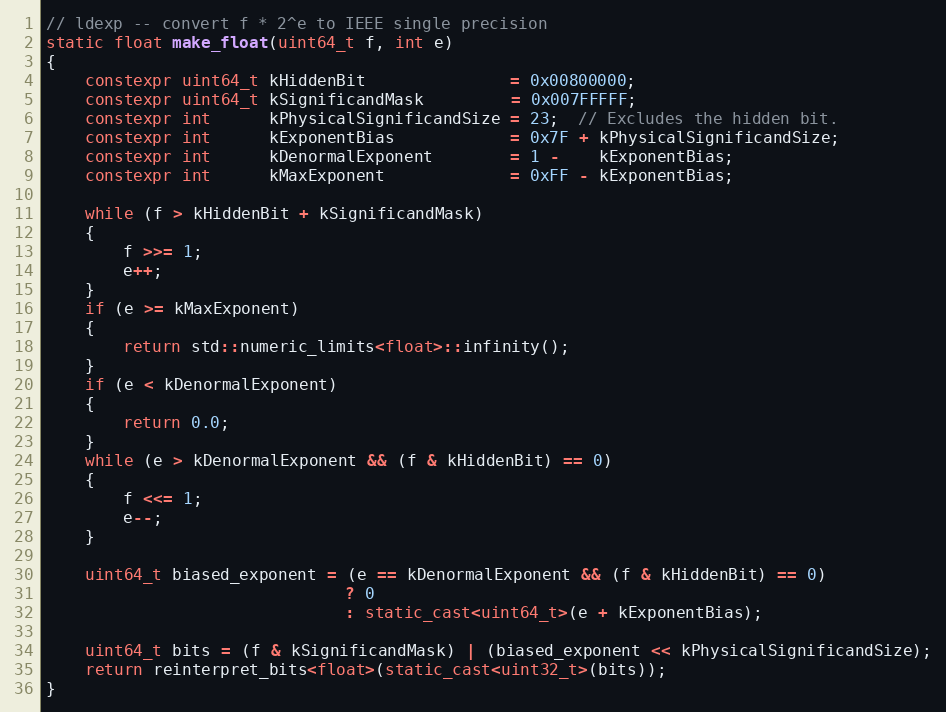
Language: C++
// ldexp -- convert f * 2^e to IEEE single precision
static float make_float(uint64_t f, int e)
{
    constexpr uint64_t kHiddenBit               = 0x00800000;
    constexpr uint64_t kSignificandMask         = 0x007FFFFF;
    constexpr int      kPhysicalSignificandSize = 23;  // Excludes the hidden bit.
    constexpr int      kExponentBias            = 0x7F + kPhysicalSignificandSize;
    constexpr int      kDenormalExponent        = 1 -    kExponentBias;
    constexpr int      kMaxExponent             = 0xFF - kExponentBias;

    while (f > kHiddenBit + kSignificandMask)
    {
        f >>= 1;
        e++;
    }
    if (e >= kMaxExponent)
    {
        return std::numeric_limits<float>::infinity();
    }
    if (e < kDenormalExponent)
    {
        return 0.0;
    }
    while (e > kDenormalExponent && (f & kHiddenBit) == 0)
    {
        f <<= 1;
        e--;
    }

    uint64_t biased_exponent = (e == kDenormalExponent && (f & kHiddenBit) == 0)
                               ? 0
                               : static_cast<uint64_t>(e + kExponentBias);

    uint64_t bits = (f & kSignificandMask) | (biased_exponent << kPhysicalSignificandSize);
    return reinterpret_bits<float>(static_cast<uint32_t>(bits));
}